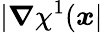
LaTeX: |\boldsymbol{\nabla}\chi^{1}(\boldsymbol x|